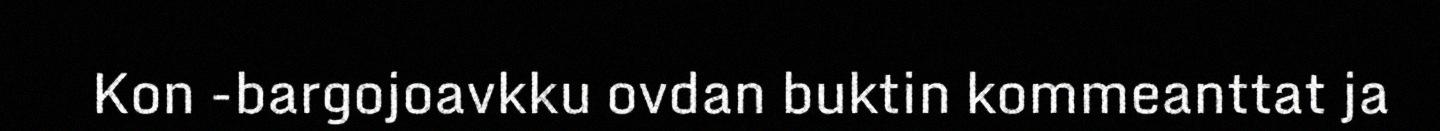
Kon -bargojoavkku ovdan buktin kommeanttat ja